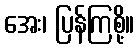
အေး၊ ပြန်ကြစို့။